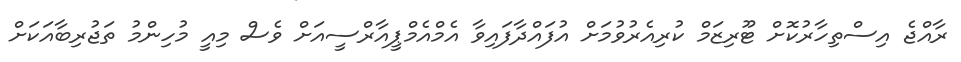
ރާއްޖެ އިސްތިހާރުކޮށް ޓޫރިޒަމް ކުރިއެރުވުމަށް އުފައްދާފައިވާ އެމްއެމްޕީއާރްސީއަށް ވެސް މިއީ މުހިންމު ތަޖުރިބާއަކަށް